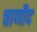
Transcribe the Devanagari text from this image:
चाणौद